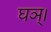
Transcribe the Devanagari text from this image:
घञ्।